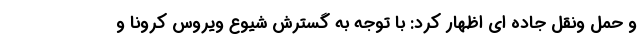
و حمل ونقل جاده ای اظهار کرد: با توجه به گسترش شیوع ویروس کرونا و